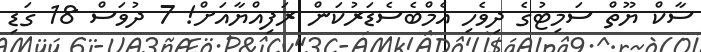
ސާކް ޔޫތް ސަމިޓުގެ ދިވެހި އެމްބެސެޑަރުކަން ރަފިއްޔާއަށް! 7 ދުވަސް 18 ގަޑި